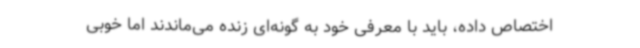
اختصاص داده، باید با معرفی خود به گونه‌ای زنده می‌ماندند اما خوبی